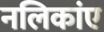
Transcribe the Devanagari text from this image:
नलिकांए